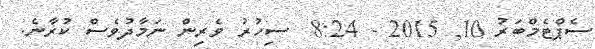
ސެޕްޓެމްބަރު 10